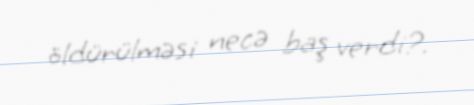
öldürülməsi necə baş verdi?.